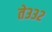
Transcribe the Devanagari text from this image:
ते३३२